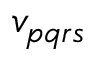
v _ { p q r s }